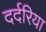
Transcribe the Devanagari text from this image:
दर्दरिया